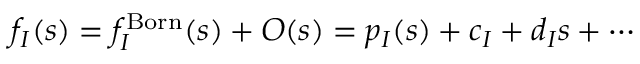
f _ { I } ( s ) = f _ { I } ^ { \mathrm { B o r n } } ( s ) + { \cal O } ( s ) = p _ { I } ( s ) + c _ { I } + d _ { I } s + \cdots